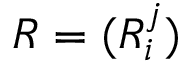
R = ( R _ { i } ^ { j } )